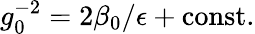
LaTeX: g_{0}^{-2}=2\beta_{0}/\epsilon+\mathrm{const.}